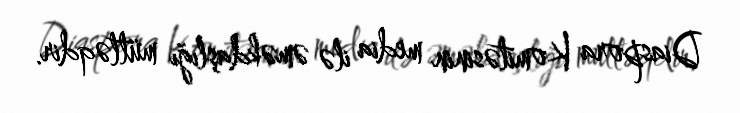
Diaspora Komitəsinin media ilə əməkdaşlığı mütləqdir.